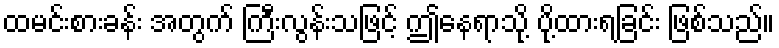
ထမင်းစားခန်း အတွက် ကြီးလွန်းသဖြင့် ဤနေရာသို့ ပို့ထားရခြင်း ဖြစ်သည်။